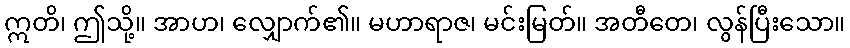
ဣတိ၊ ဤသို့။ အာဟ၊ လျှောက်၏။ မဟာရာဇ၊ မင်းမြတ်။ အတီတေ၊ လွန်ပြီးသော။